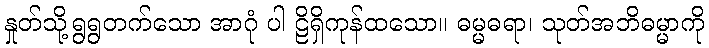
နှုတ်သို့ရွရွတက်သော အာဂုံ ပါ ဠိရှိကုန်ထသော။ ဓမ္မဓရာ၊ သုတ်အဘိဓမ္မာကို